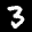
Label: 3